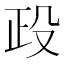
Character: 𣪅